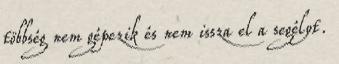
többség nem gépezik és nem issza el a segélyt.